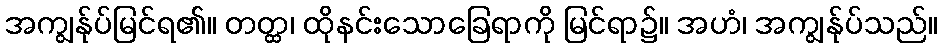
အကျွန်ုပ်မြင်ရ၏။ တတ္ထ၊ ထိုနင်းသောခြေရာကို မြင်ရာ၌။ အဟံ၊ အကျွန်ုပ်သည်။